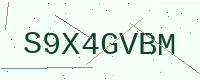
Text: S9X4GVBM